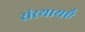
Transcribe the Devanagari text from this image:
संस्थायएँ